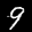
Label: 9